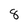
Character: 8